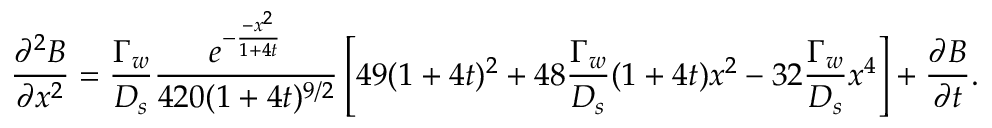
\frac { \partial ^ { 2 } B } { \partial x ^ { 2 } } = \frac { \Gamma _ { w } } { D _ { s } } \frac { e ^ { - \frac { - x ^ { 2 } } { 1 + 4 t } } } { 4 2 0 ( 1 + 4 t ) ^ { 9 / 2 } } \left[ 4 9 ( 1 + 4 t ) ^ { 2 } + 4 8 \frac { \Gamma _ { w } } { D _ { s } } ( 1 + 4 t ) x ^ { 2 } - 3 2 \frac { \Gamma _ { w } } { D _ { s } } x ^ { 4 } \right] + \frac { \partial B } { \partial t } .